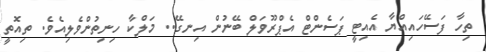
ތިހާ ފަސޭހައިއްޔާ އެއިޓީ ޕަސެންޓް އެޕްރޫވަލް ބޭނުން އިނގޭ.. މަލްކާ ހިނިތުންވެލިއެވެ. ތިއޮތީ